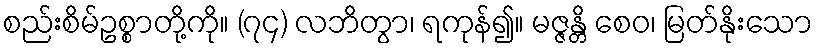
စည်းစိမ်ဥစ္စာတို့ကို။ (၇၄) လဘိတွာ၊ ရကုန်၍။ မဇ္ဇန္တိ စေဝ၊ မြတ်နိုးသော